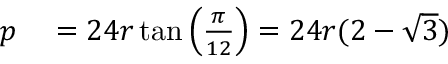
\begin{array} { r l } { p } & { { } = 2 4 r \tan \left( { \frac { \pi } { 1 2 } } \right) = 2 4 r ( 2 - { \sqrt { 3 } } ) } \end{array}